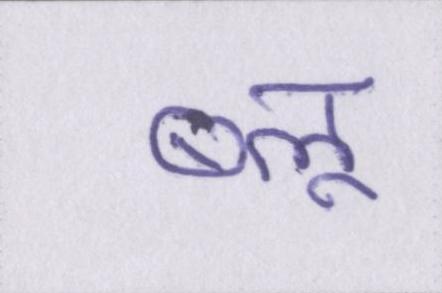
ब्लू